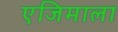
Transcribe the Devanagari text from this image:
एजिमाला